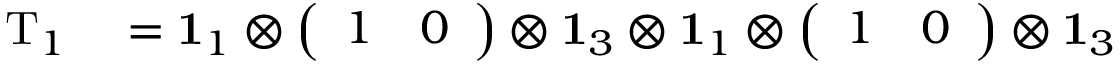
\begin{array} { r l } { \mathrm { T } _ { 1 } } & { { } = \mathbf { 1 } _ { 1 } \otimes \left( \begin{array} { l l } { 1 } & { 0 } \end{array} \right) \otimes \mathbf { 1 } _ { 3 } \otimes \mathbf { 1 } _ { 1 } \otimes \left( \begin{array} { l l } { 1 } & { 0 } \end{array} \right) \otimes \mathbf { 1 } _ { 3 } } \end{array}